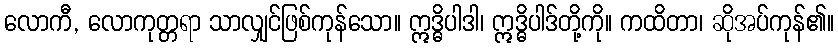
လောကီ, လောကုတ္တရာ သာလျှင်ဖြစ်ကုန်သော။ ဣဒ္ဓိပါဒါ၊ ဣဒ္ဓိပါဒ်တို့ကို။ ကထိတာ၊ ဆိုအပ်ကုန်၏။